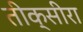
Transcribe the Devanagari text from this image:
तीक्सीरा